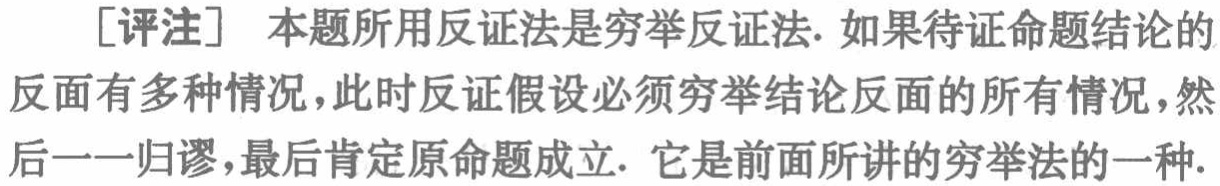
[评注] 本题所用反证法是穷举反证法. 如果待证命题结论的
反面有多种情况，此时反证假设必须穷举结论反面的所有情况，然
后一一归谬，最后肯定原命题成立. 它是前面所讲的穷举法的一种.